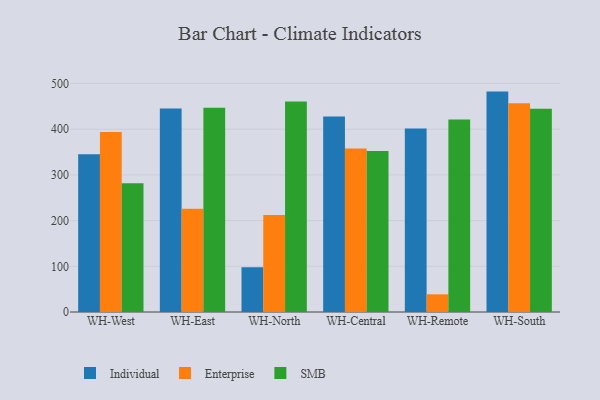
{"axis": {"x": "Warehouse", "y": "Production Output"}, "legend": ["Enterprise", "Individual", "SMB"], "data": [{"x": "WH-West", "y": 345.4, "type": "Individual"}, {"x": "WH-West", "y": 393.8, "type": "Enterprise"}, {"x": "WH-West", "y": 282.0, "type": "SMB"}, {"x": "WH-East", "y": 445.1, "type": "Individual"}, {"x": "WH-East", "y": 226.0, "type": "Enterprise"}, {"x": "WH-East", "y": 447.1, "type": "SMB"}, {"x": "WH-North", "y": 97.8, "type": "Individual"}, {"x": "WH-North", "y": 212.4, "type": "Enterprise"}, {"x": "WH-North", "y": 460.7, "type": "SMB"}, {"x": "WH-Central", "y": 427.6, "type": "Individual"}, {"x": "WH-Central", "y": 357.9, "type": "Enterprise"}, {"x": "WH-Central", "y": 352.2, "type": "SMB"}, {"x": "WH-Remote", "y": 401.7, "type": "Individual"}, {"x": "WH-Remote", "y": 38.7, "type": "Enterprise"}, {"x": "WH-Remote", "y": 421.1, "type": "SMB"}, {"x": "WH-South", "y": 482.3, "type": "Individual"}, {"x": "WH-South", "y": 456.6, "type": "Enterprise"}, {"x": "WH-South", "y": 445.0, "type": "SMB"}]}